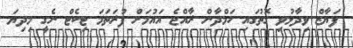
ފަޔާޒް ވިދާޅުވި ގޮތުގައި ހަމްދާން ރާއްޖެ އައުމަށް ފުރަތަމަ ޓިކެޓް ނެގީ މިދިޔަ